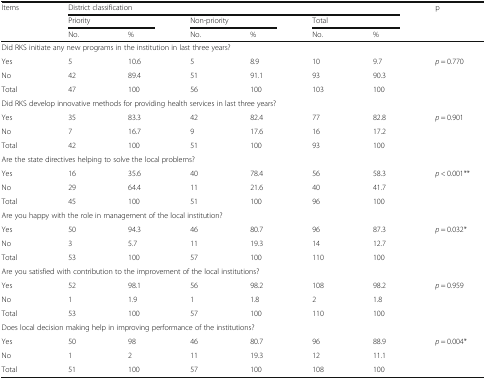
<table><thead><tr><td rowspan="3"><b>Items</b></td><td colspan="6"><b>District classification</b></td><td><b>p</b></td></tr><tr><td colspan="2"><b>Priority</b></td><td colspan="2"><b>Non-priority</b></td><td colspan="2"><b>Total</b></td><td></td></tr><tr><td><b>No.</b></td><td><b>%</b></td><td><b>No.</b></td><td><b>%</b></td><td><b>No.</b></td><td><b>%</b></td><td></td></tr></thead><tbody><tr><td colspan="8">Did RKS initiate any new programs in the institution in last three years?</td></tr><tr><td>Yes</td><td>5</td><td>10.6</td><td>5</td><td>8.9</td><td>10</td><td>9.7</td><td rowspan="3"><i>p</i> = 0.770</td></tr><tr><td>No</td><td>42</td><td>89.4</td><td>51</td><td>91.1</td><td>93</td><td>90.3</td></tr><tr><td>Total</td><td>47</td><td>100</td><td>56</td><td>100</td><td>103</td><td>100</td></tr><tr><td colspan="8">Did RKS develop innovative methods for providing health services in last three years?</td></tr><tr><td>Yes</td><td>35</td><td>83.3</td><td>42</td><td>82.4</td><td>77</td><td>82.8</td><td rowspan="3"><i>p</i> = 0.901</td></tr><tr><td>No</td><td>7</td><td>16.7</td><td>9</td><td>17.6</td><td>16</td><td>17.2</td></tr><tr><td>Total</td><td>42</td><td>100</td><td>51</td><td>100</td><td>93</td><td>100</td></tr><tr><td colspan="8">Are the state directives helping to solve the local problems?</td></tr><tr><td>Yes</td><td>16</td><td>35.6</td><td>40</td><td>78.4</td><td>56</td><td>58.3</td><td rowspan="3"><i>p</i> &lt; 0.001**</td></tr><tr><td>No</td><td>29</td><td>64.4</td><td>11</td><td>21.6</td><td>40</td><td>41.7</td></tr><tr><td>Total</td><td>45</td><td>100</td><td>51</td><td>100</td><td>96</td><td>100</td></tr><tr><td colspan="8">Are you happy with the role in management of the local institution?</td></tr><tr><td>Yes</td><td>50</td><td>94.3</td><td>46</td><td>80.7</td><td>96</td><td>87.3</td><td rowspan="3"><i>p</i> = 0.032*</td></tr><tr><td>No</td><td>3</td><td>5.7</td><td>11</td><td>19.3</td><td>14</td><td>12.7</td></tr><tr><td>Total</td><td>53</td><td>100</td><td>57</td><td>100</td><td>110</td><td>100</td></tr><tr><td colspan="8">Are you satisfied with contribution to the improvement of the local institutions?</td></tr><tr><td>Yes</td><td>52</td><td>98.1</td><td>56</td><td>98.2</td><td>108</td><td>98.2</td><td rowspan="3"><i>p</i> = 0.959</td></tr><tr><td>No</td><td>1</td><td>1.9</td><td>1</td><td>1.8</td><td>2</td><td>1.8</td></tr><tr><td>Total</td><td>53</td><td>100</td><td>57</td><td>100</td><td>110</td><td>100</td></tr><tr><td colspan="8">Does local decision making help in improving performance of the institutions?</td></tr><tr><td>Yes</td><td>50</td><td>98</td><td>46</td><td>80.7</td><td>96</td><td>88.9</td><td rowspan="3"><i>p</i> = 0.004*</td></tr><tr><td>No</td><td>1</td><td>2</td><td>11</td><td>19.3</td><td>12</td><td>11.1</td></tr><tr><td>Total</td><td>51</td><td>100</td><td>57</td><td>100</td><td>108</td><td>100</td></tr></tbody></table>